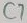
Text: C7